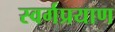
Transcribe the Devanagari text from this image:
स्वर्गप्रयाण